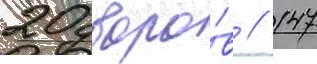
20 дворо́в / 147